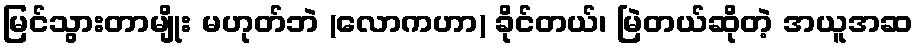
မြင်သွားတာမျိုး မဟုတ်ဘဲ (လောကဟာ) ခိုင်တယ်၊ မြဲတယ်ဆိုတဲ့ အယူအဆ